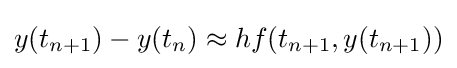
y(t_{n+1})-y(t_{n})\approx hf(t_{n+1},y(t_{n+1}))